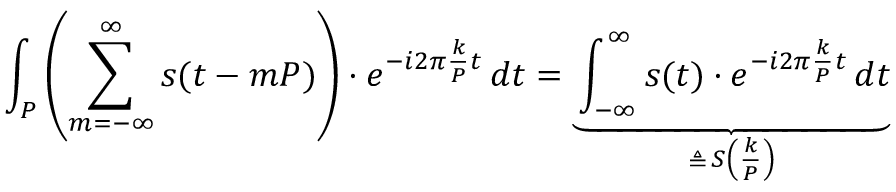
\int _ { P } \left( \sum _ { m = - \infty } ^ { \infty } s ( t - m P ) \right) \cdot e ^ { - i 2 \pi { \frac { k } { P } } t } \, d t = \underbrace { \int _ { - \infty } ^ { \infty } s ( t ) \cdot e ^ { - i 2 \pi { \frac { k } { P } } t } \, d t } _ { \triangleq \, S \left( { \frac { k } { P } } \right) }